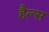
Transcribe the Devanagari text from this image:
हैल्स